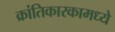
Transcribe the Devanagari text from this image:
क्रांतिकारकामध्ये